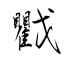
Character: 戵